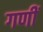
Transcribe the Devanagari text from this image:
गणीं